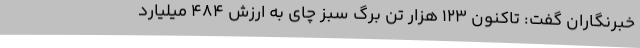
خبرنگاران گفت: تاکنون 123 هزار تن برگ سبز چای به ارزش 484 میلیارد